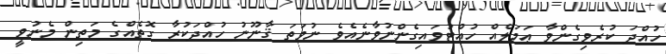
ހުއްދަ ކުރެވިގެންވާ ޢަމަލެއް ހުއްޓުވައިގެންނުވާނެއެވެ ނުވަތަ ޤާނޫނު ހުއްދަކުރާ ގޮތެއްގެ މަތިން މެނުވީ